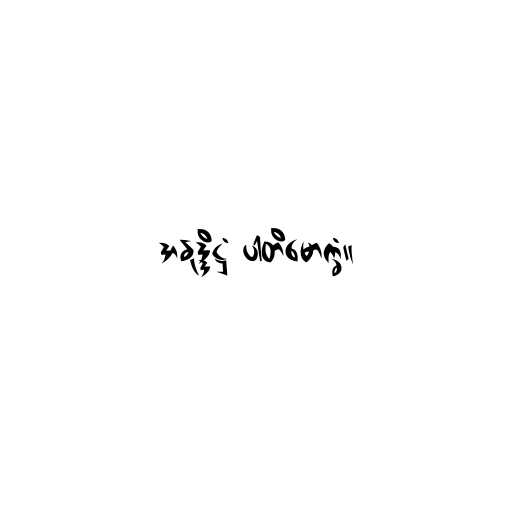
အနုဒ္ဒိဋ္ဌံ ပါတိမောက္ခံ။